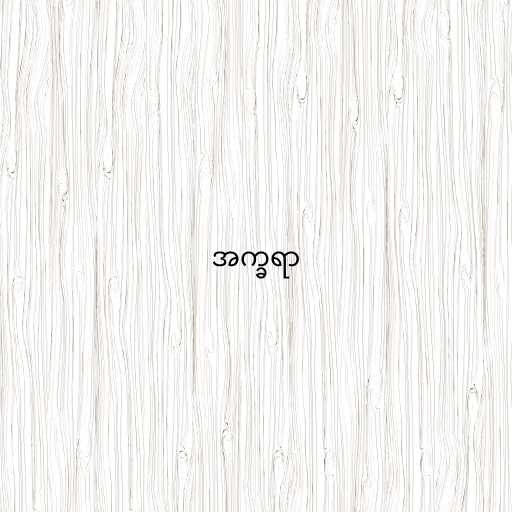
အက္ခရာ